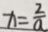
x = \frac { 2 } { a }